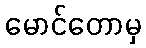
မောင်တောမှ